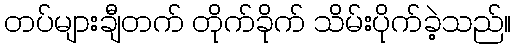
တပ်များချီတက် တိုက်ခိုက် သိမ်းပိုက်ခဲ့သည်။